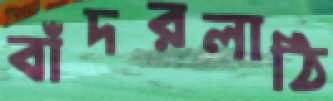
বাঁদরলাঠি